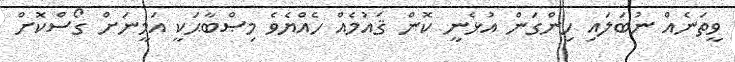
ވީތަނެއް ނުބަލައި ހިންގަން އުޅެނީ ކޮން ޤައުމެއް ހެއްޔެވެ މިޞްބާޙަކީ އަމީނަށް ގޯސްކޮށް